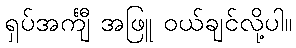
ရှပ်အင်္ကျီ အဖြူ ဝယ်ချင်လို့ပါ။